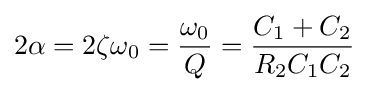
2\alpha =2\zeta \omega _{0}={\frac {\omega _{0}}{Q}}={\frac {C_{1}+C_{2}}{R_{2}C_{1}C_{2}}}